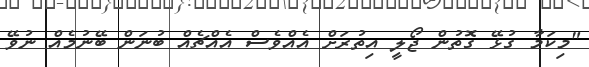
"މިކަމާ ގުޅޭ ގޮތުން ޖޯލީ އިތުރަށް އެއްވެސް އެއްޗެއް ބުނަން ބޭނުމެއް ނުވޭ